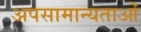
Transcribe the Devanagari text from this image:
अपसामान्यताओं